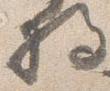
将